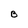
Character: B